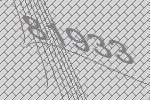
81933